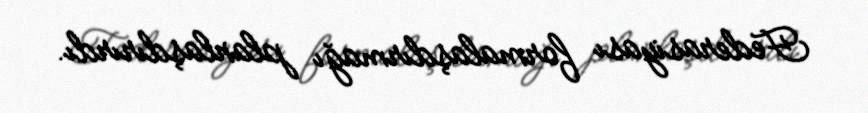
Federasiyası formalaşdırmağı planlaşdırırdı.